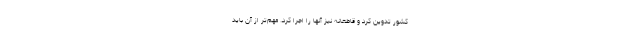
کشور تدوین کرد و قاطعانه نیز آنها را اجرا کرد. مهم‌تر از آن باید